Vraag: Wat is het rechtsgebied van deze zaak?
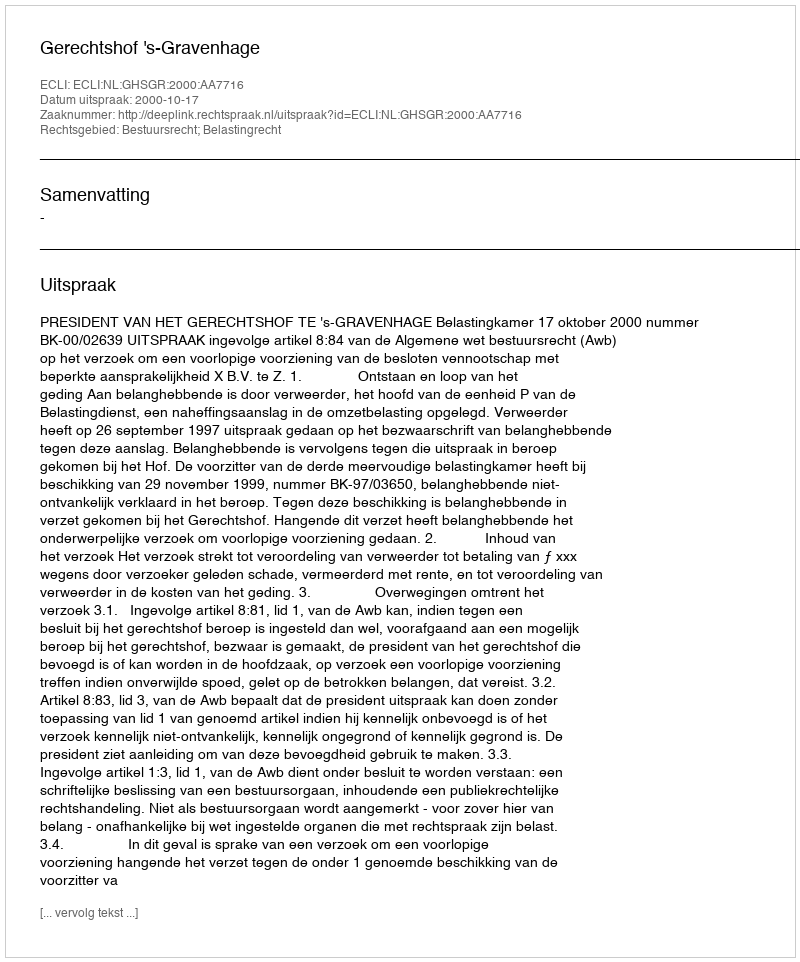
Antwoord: Bestuursrecht; Belastingrecht